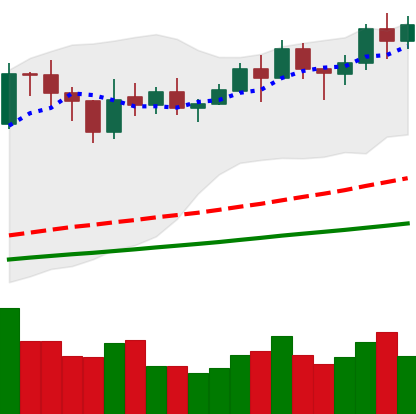
Ticker: LINK-USD
Chart end date: 2021-02-11
Forward return: 14.706%
Label: up_7plus